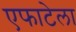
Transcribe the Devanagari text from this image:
एफाटेला